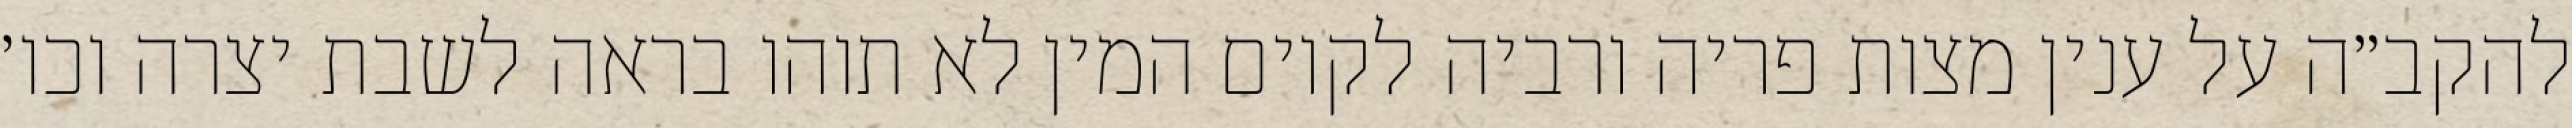
להקב״ה על ענין מצות פריה ורביה לקיום המין לא תוהו בראה לשבת יצרה וכו׳